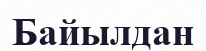
Байылдан